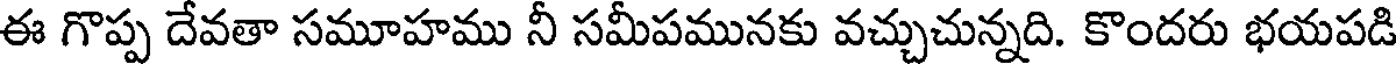
ఈ గొప్ప దేవతా సమూహము నీ సమీపమునకు వచ్చుచున్నది. కొందరు భయపడి